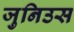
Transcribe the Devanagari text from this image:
जुनिउस